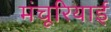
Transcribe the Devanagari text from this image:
मंचूरियाई